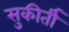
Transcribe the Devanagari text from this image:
सुकीर्ती